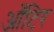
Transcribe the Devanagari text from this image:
आँटिर